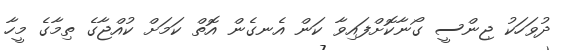
ދުވަހަކު ޖިންސީ ގޯނާކޮށްފައިވާ ކަން އެނގެން އޮތް ކަމަށް ކުއްޖާގެ ތިމާގެ މީހާ